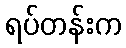
ရပ်တန်းက